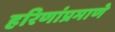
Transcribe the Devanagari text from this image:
हरिणांप्रमाणे